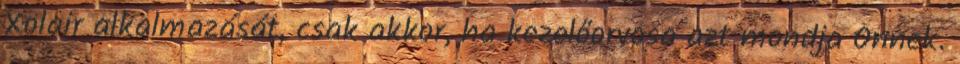
Xolair alkalmazását, csak akkor, ha kezelőorvosa azt mondja Önnek.